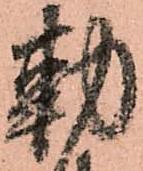
勅